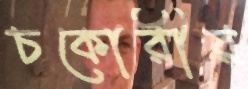
চকোরীর